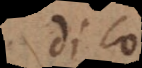
dico